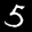
Label: 5